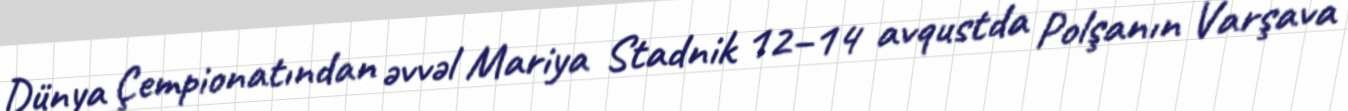
Dünya Çempionatından əvvəl Mariya Stadnik 12–14 avqustda Polşanın Varşava